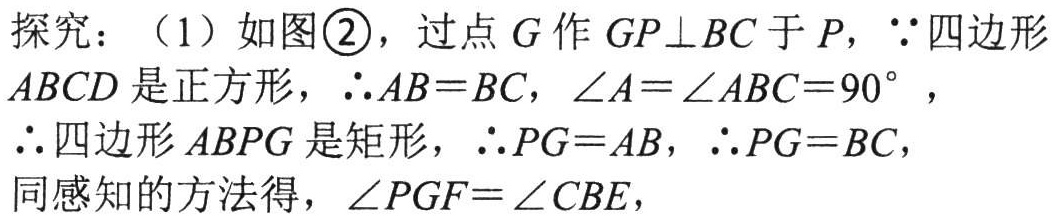
探究：（1）如图\textcircled{2}，过点\(G\)作\(GP\perp BC\)于\(P\)，\(\because\)四边形\(ABCD\)是正方形，\(\therefore AB = BC\)，\(\angle A=\angle ABC = 90^{\circ}\)，\(\therefore\)四边形\(ABPG\)是矩形，\(\therefore PG = AB\)，\(\therefore PG = BC\)，同感知的方法得，\(\angle PGF=\angle CBE\)，